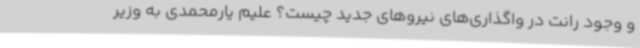
و وجود رانت در واگذاری‌های نیروهای جدید چیست؟ علیم یارمحمدی به وزیر